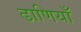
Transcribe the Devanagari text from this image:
ढाणियाँ